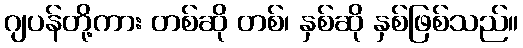
ဂျပန်တို့ကား တစ်ဆို တစ်၊ နှစ်ဆို နှစ်ဖြစ်သည်။